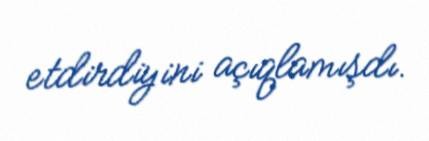
etdirdiyini açıqlamışdı.